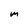
Character: M